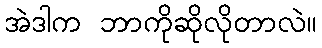
အဲဒါက ဘာကိုဆိုလိုတာလဲ။